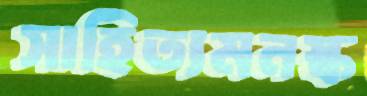
সাহিত্যমনস্ক